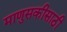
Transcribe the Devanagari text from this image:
माणुसकीसाठी